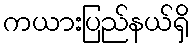
ကယားပြည်နယ်ရှိ